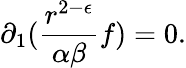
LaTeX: \partial_{1}(\frac{r^{2-\epsilon}}{\alpha\beta}f)=0.